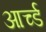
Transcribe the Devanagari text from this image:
आर्च्ड